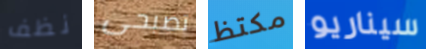
نظف تصبحى مكتظ سيناريو